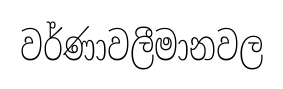
වර්ණාවලීමානවල